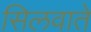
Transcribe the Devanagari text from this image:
सिलवाते